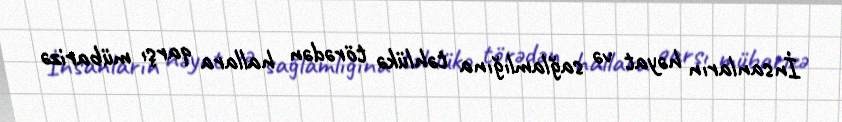
İnsanların həyat və sağlamlığına təhlükə törədən hallara qarşı mübarizə